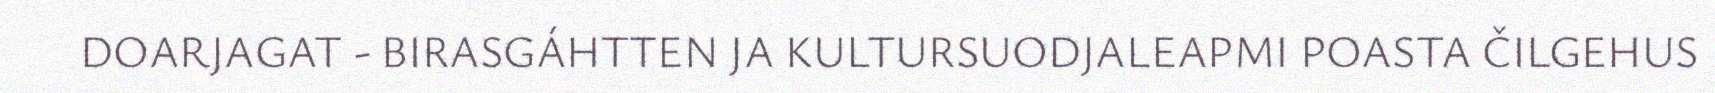
DOARJAGAT - BIRASGÁHTTEN JA KULTURSUODJALEAPMI POASTA ČILGEHUS